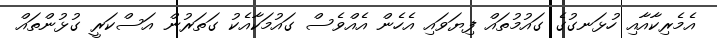
އެމެރިކާއާއި ހުޅަނގުގެ ގައުމުތައް ފިޔަވައި އެހެން އެއްވެސް ގައުމަކާއެކު ގަތަރުން އަސްކަރީ ގުޅުންތައް